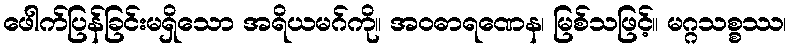
ဖေါက်ပြန်ခြင်းမရှိသော အရိယမဂ်ကို။ အဝဓာရဏေန၊ မြစ်သဖြင့်။ မဂ္ဂသစ္စဿ၊